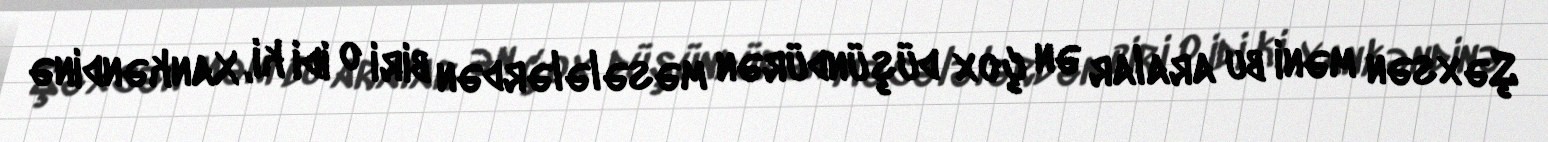
Şəxsən məni bu aralar ən çox düşündürən məsələlərdən biri o idi ki, Xankəndinə